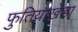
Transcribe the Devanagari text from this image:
फुतियाखेडा